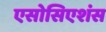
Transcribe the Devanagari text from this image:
एसोसिएशंस